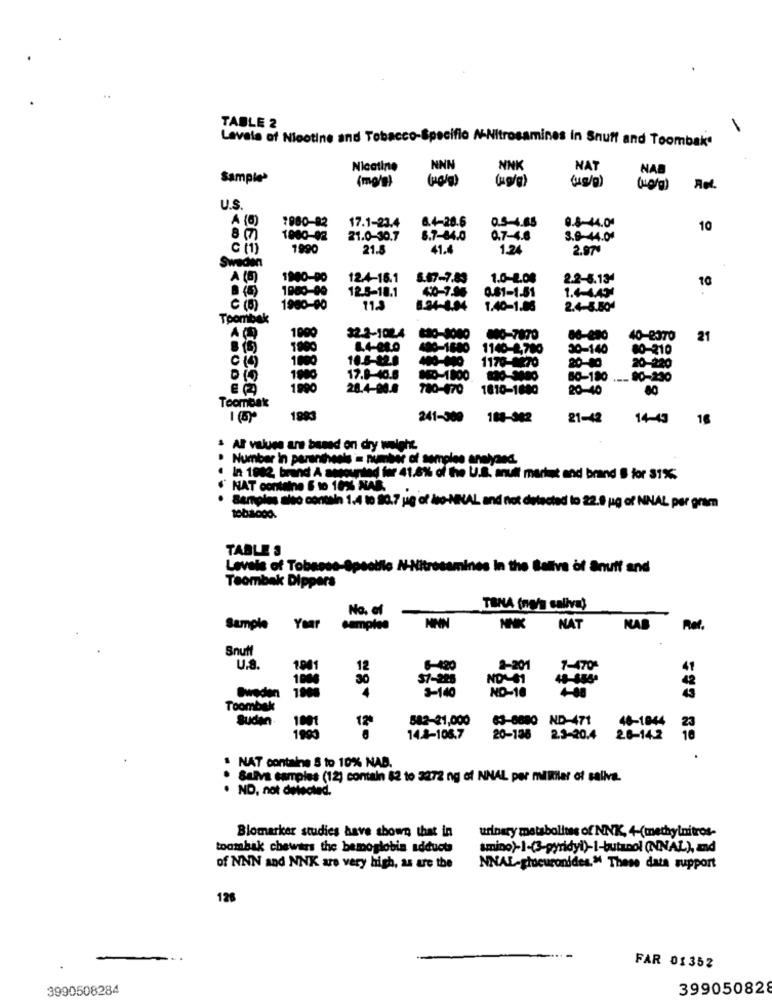
TABLE 2
Lavala of Nicotine and Tobacco-Specific N-Nitrosamines in Snuff and Toombak'
Nicotine
NNN
NNK
NAT
NAB
Sample
(mo/s)
U.S
A (8)
7980-82
6.4-20.6
0.5-4.65
0.8-44.04
17.1-23.4
10
8 (7)
1000-92
21.0-30.7
8.7-84.0
0.7-4.6
3.9-44.04
cit)
1990
21.
41.4
1.2
2.971
Sweden
A (6)
1940-90
12.4-16.1
5.47-7.83
1.0-2.08
2.2-5.134
10
1980-90
12.5-18.1
40-7.95
0.81-1.51
1.4-4.434
1960-90
11.3
1.40-1.08
2.4-8.504
Toomibak
1000
$2.2-102.4
16-7870
86-200
40-2370
21
1900
1.4-24.0
-1680
1140-2,700
30-140
80-210
1800
10.5-12.0
1170-1270
20-40
20-220
1800
17.8-40.6
O-1800
80-180
- 90-230
1990
28.4-90.8
780-470
1810-1680
20-40
Toombak
1 (5)
1993
241-500
108-342
21-42
14-43
16
$ Al values are based on dry weight.
Number in paranthesis = number of samples analysed.
. In 1982 brind A amounted for 41.6% of the U.S. mull market and brand § for 31%
NAT containe 6 to 10% NAB.
· Bertolas also contain 1.4 to 30.7 jue of iso-NINAL and not detected to 22.8 jug of NINAL per gram
1001000.
TABLE S
Levels of Tobasse-
otfle N-Nitrosamines In the Ballve of Snuff and
Teombak Dippers
No. of
TANA (n/a saliva)
Sample
Year
campito
NNN
NNK NAT
NAB
Ret.
Snutt
U.S.
1.001
12
6-420
2-201
7-470-
41
30
$7-228
ND-1
48-456ª
3-140
NO-10
4-88
Sweden
43
Toombek
Sudan.
1001
582-21,000
63-8880
ND-471
46-1844
23
1993
14.4-108.7
20-136
2.3-20.4
26-14.2
10
$ NAT containe 5 to 10% NAD.
Salva samples (12) contain 82 to 3272 ng of NNAL per milliler of saliva.
· ND, not detected.
Blomarker studies have shown that in
urinary metabolites of NNK, 4-(methylnitros-
toombak chewers the bemoglobin adducts
amino)-1-(3-pyridyi)-I-butanol (NNAL), and
of NNN and NNK are very high, as are the
NNAL-procuronides." These data support
128
FAR 01352
3990508284
399050828